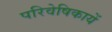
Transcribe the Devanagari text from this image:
परिवेषिकायें